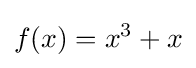
f(x)=x^{3}+x